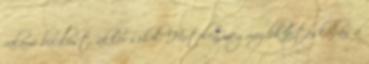
valami bacilust, akkor sehol. Hirtelen megmozdul a táskában a